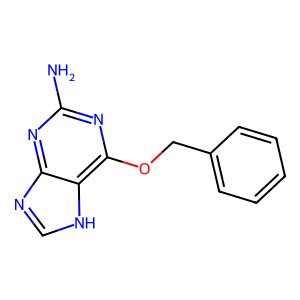
SMILES: Nc1nc(OCc2ccccc2)c2[nH]cnc2n1
Inhibits HIV replication: No